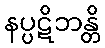
နပ္ပဋိဘန္တိ